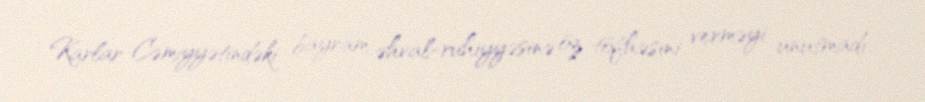
Karlar Cəmiyyətindəki bayram əhval-ruhiyyəsinə öz töfhəsini verməyi unutmadı.